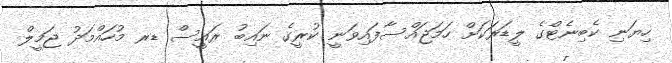
ހިޔަނި ކެބިނެޓްގެ ލީޑަރަކަށް ހަމަޖައްސާފައިވަނީ ކުރީގެ ނައިބު ރައީސް ޑރ މުހައްމަދު ޖަމީލް